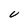
Character: U